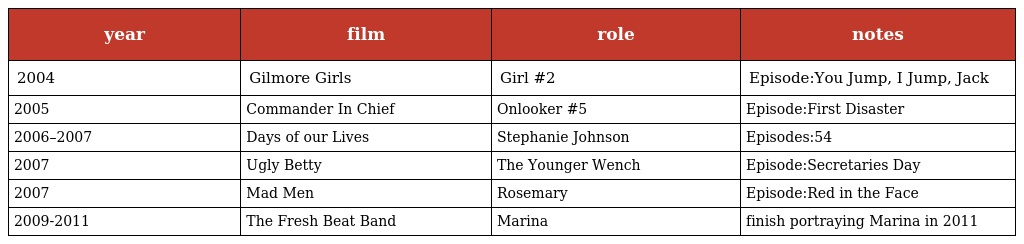
| year | film | role | notes |
 | --- | --- | --- | --- |
 | 2004 | Gilmore Girls | Girl #2 | Episode:You Jump, I Jump, Jack |
 | 2005 | Commander In Chief | Onlooker #5 | Episode:First Disaster |
 | 2006–2007 | Days of our Lives | Stephanie Johnson | Episodes:54 |
 | 2007 | Ugly Betty | The Younger Wench | Episode:Secretaries Day |
 | 2007 | Mad Men | Rosemary | Episode:Red in the Face |
 | 2009-2011 | The Fresh Beat Band | Marina | finish portraying Marina in 2011 |